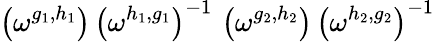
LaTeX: \left(\omega^{g_{1},h_{1}}\right)\, \left(\omega^{h_{1},g_{1}}\right)^{-1}\, \left(\omega^{g_{2},h_{2}}\right)\, \left(\omega^{h_{2},g_{2}}\right)^{-1}